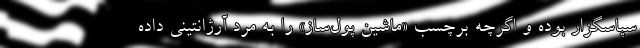
سپاسگزار بوده و اگرچه برچسب «ماشین پول‌ساز» را به مرد آرژانتینی داده